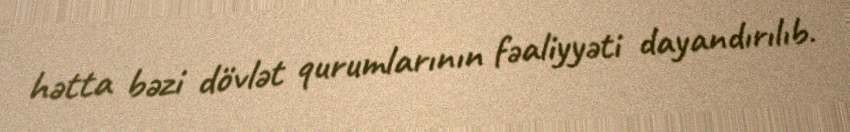
hətta bəzi dövlət qurumlarının fəaliyyəti dayandırılıb.